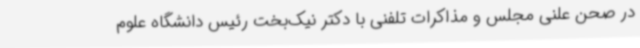
در صحن علنی مجلس و مذاکرات تلفنی با دکتر نیک‌بخت رئیس دانشگاه علوم